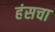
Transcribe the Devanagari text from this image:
हंसचा